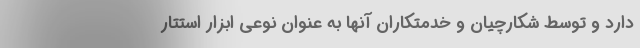
دارد و توسط شکارچیان و خدمتکاران آنها به عنوان نوعی ابزار استتار